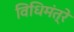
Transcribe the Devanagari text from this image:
विधिमंत्रे